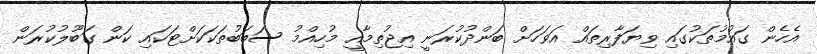
އެހެން ގައުމުތަކުގައި ވިޔަފާރިތައް އަވަހަށް ބަންދުކުރަނީ އިޖުތިމާއީ މުހިއްމު ސަބަބުތަކަކަށްޓަކައި ކަން ގަބޫލުކުރަން